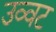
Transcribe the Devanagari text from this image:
उव्‍वट